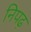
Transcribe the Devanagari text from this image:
निपढ़